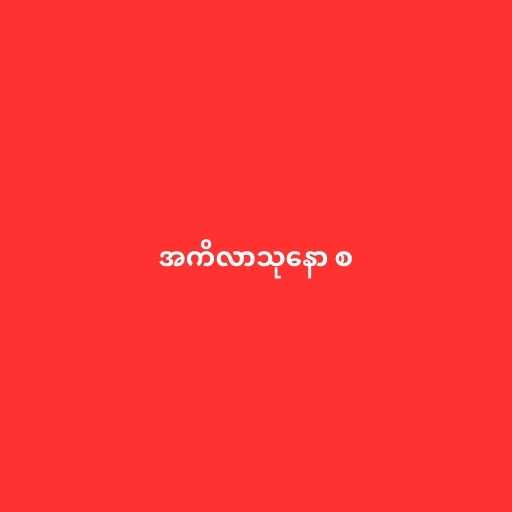
အကိလာသုနော စ